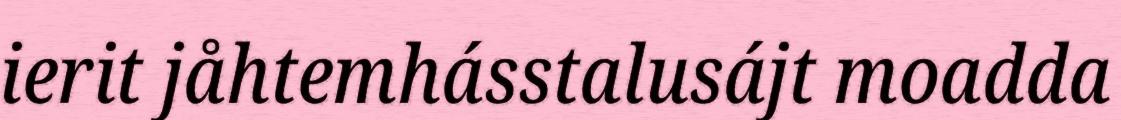
ierit jåhtemhásstalusájt moadda